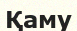
Қаму